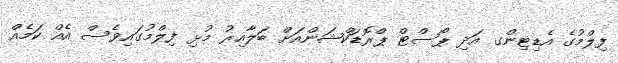
ފިލްމުގެ އެޑިޓިންގ އަދި ޕޯސްޓް ޕްރޮޑަކްޝަންއަށް ބަލާއިރު މުޅި ފިލްމުގައިވެސް އެއް ކަމެއް